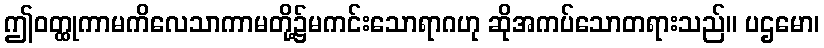
ဤဝတ္ထုကာမကိလေသာကာမတို့၌မကင်းသောရာဂဟု ဆိုအကပ်သောတရားသည်။ ပဌမော၊